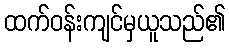
ထက်ဝန်းကျင်မှယူသည်၏